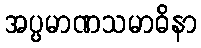
အပ္ပမာဏသမာဓိနာ